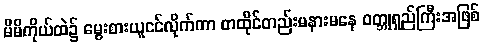
မိမိကိုယ်ထဲ၌ မွေးစားယူငင်လိုက်ကာ တထိုင်တည်းမနားမနေ ဝတ္ဘုရှည်ကြီးအဖြစ်